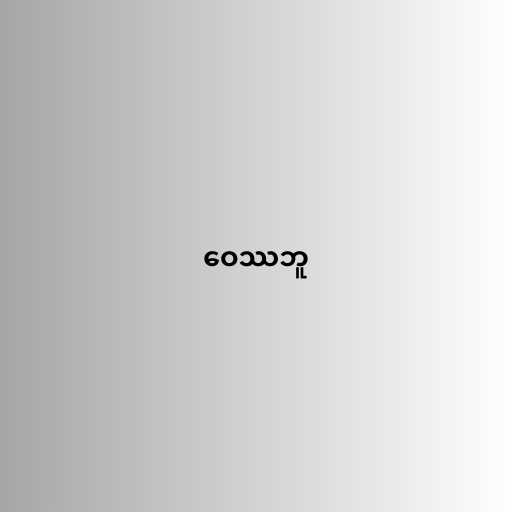
ဝေဿဘူ